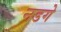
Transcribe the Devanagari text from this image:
नडगे